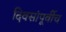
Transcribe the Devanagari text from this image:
दिवसांपूर्वीच